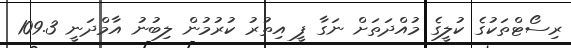
ރިސޯޓްތަކުގެ ކުލީގެ މުއްދަތަށް ނަގާ ފީ އިތުރު ކުރުމުން ލިބުނު އާމްދަނީ 109.3